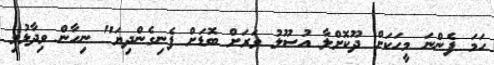
ހަމަ ފެންނަ މީހަކަށް ދޫކޮށްލާ އުސޫލު ވަރަށް ބޮޑަށް ފެނިގެންދިޔަ" ނިހާން ވިދާޅުވި